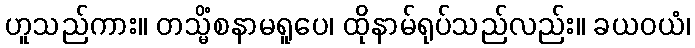
ဟူသည်ကား။ တသ္မိံစနာမရူပေ၊ ထိုနာမ်ရုပ်သည်လည်း။ ခယဝယံ၊